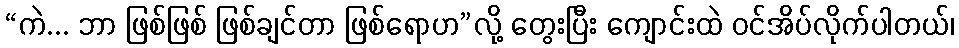
“ကဲ... ဘာ ဖြစ်ဖြစ် ဖြစ်ချင်တာ ဖြစ်ရောဟ”လို့ တွေးပြီး ကျောင်းထဲ ဝင်အိပ်လိုက်ပါတယ်၊